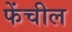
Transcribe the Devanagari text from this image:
फेंचील